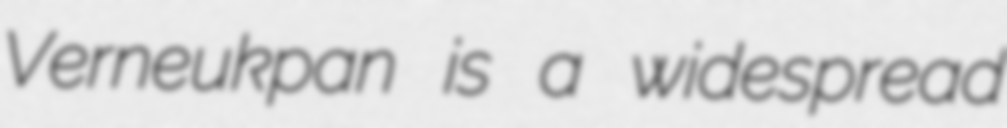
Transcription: Verneukpan is a widespread